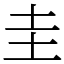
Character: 圭